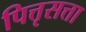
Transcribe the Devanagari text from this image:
पित्तृसत्ता